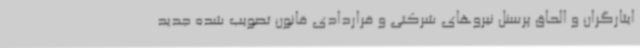
ایثارگران و الحاق پرسنل نیروهای شرکتی و قراردادی قانون تصویب شده جدید